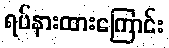
ရပ်နားထားကြောင်း